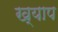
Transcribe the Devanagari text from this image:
ख्याप